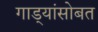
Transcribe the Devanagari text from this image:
गाड्यांसोबत